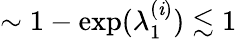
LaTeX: \sim1-\exp(\lambda_{1}^{(\mathit{i})})\lesssim1